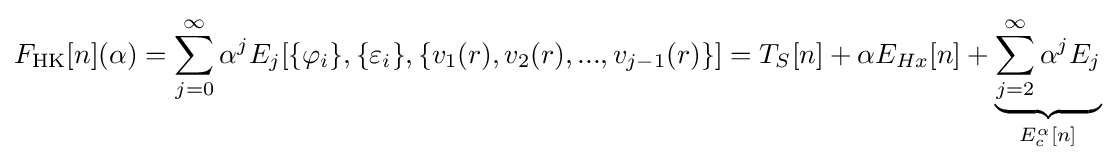
F_{\text{HK}}[n](\alpha )=\sum _{j=0}^{\infty }\alpha ^{j}E_{j}[\{\varphi _{i}\},\{\varepsilon _{i}\},\{v_{1}(r),v_{2}(r),...,v_{j-1}(r)\}]=T_{S}[n]+\alpha E_{Hx}[n]+\underbrace {\sum _{j=2}^{\infty }\alpha ^{j}E_{j}} _{E_{c}^{\alpha }[n]}